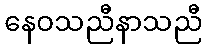
နေဝသညီနာသညီ